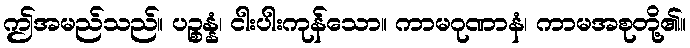
ဤအမည်သည်။ ပဉ္စန္နံ၊ ငါးပါးကုန်သော။ ကာမဂုဏာနံ၊ ကာမအစုတို့၏။